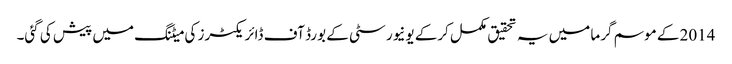
2014 کے موسم گرما میں یہ تحقیق مکمل کرکے یونیورسٹی کے بورڈ آف ڈائریکٹرز کی میٹنگ میں پیش کی گئی۔